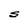
Character: S